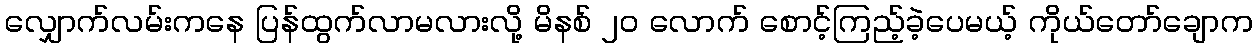
လျှောက်လမ်းကနေ ပြန်ထွက်လာမလားလို့ မိနစ် ၂၀ လောက် စောင့်ကြည့်ခဲ့ပေမယ့် ကိုယ်တော်ချောက